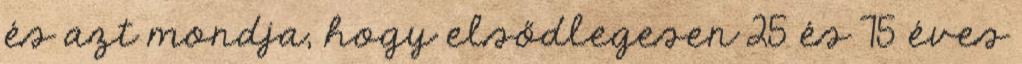
és azt mondja, hogy elsődlegesen 25 és 75 éves